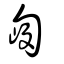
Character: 𠣿